system: You are a helpful assistant.
user:
Analyze the provided spectrum to determine if it is a **White Dwarf (WD)**.

A White Dwarf spectrum is defined by its **extreme purity** (due to gravitational settling) and/or **extreme pressure broadening** (due to high surface gravity). You must check for one of the following mutually exclusive signatures:

- **Key Visual Indicators (Check for ONE of these types):**

    - **1. DA-Type Signature (Most Common):**
        - **(Primary Feature):** Extreme pressure broadening (Stark broadening) of the **Hydrogen (H) Balmer lines**.
        - **(Key Lines):** $H\beta$ (approx. $4861$ Å) and $H\gamma$ (approx. $4340$ Å). $H\alpha$ (approx. $6563$ Å) will also be present if the wavelength range covers it.
        - **(Line Profile):** This is the **defining feature**. The lines are **NOT** sharp. They appear as massive, **extremely broad and deep "troughs" or "dips"** in the spectrum, often hundreds of Ångströms wide. The continuum will appear to "scoop" down at these wavelengths.
        - **(Distinction):** Normal A-type or B-type stars have *narrow* and *sharp* Hydrogen lines. A DA White Dwarf's lines are unmistakably "smeared" or "blurry" from pressure.

    - **2. DB-Type Signature:**
        - **(Primary Feature):** Broad absorption lines from **Neutral Helium (He I)**. The spectrum must lack any visible Hydrogen lines.
        - **(Key Lines):** Look for broad absorption near $4471$ Å, $4921$ Å, and $5876$ Å.
        - **(Line Profile):** These lines are also significantly pressure-broadened, appearing much wider than they would in a normal B-type main-sequence star.

    - **3. DC-Type Signature:**
        - **(Primary Feature):** A **featureless continuous spectrum**.
        - **(Line Profile):** The spectrum is a smooth curve with **no significant absorption or emission lines**.
        - **(Key Confirmation):** The continuum is almost always **blue or white**, indicating a hot object. This signature implies the atmosphere is so pure (or so cool) that no spectral lines are visible in the optical range. Its WD identity is confirmed by its extremely low intrinsic brightness (high absolute magnitude).

    - **4. DZ-Type Signature (Metal-Polluted):**
        - **(Primary Feature):** **Isolated, narrow metal absorption lines** on an otherwise featureless (DC-like) continuum.
        - **(Key Lines):** The **Calcium (Ca II) H & K doublet** (approx. **$3934$ Å** and **$3968$ Å**) is the most common and defining feature.
        - **(Line Profile):** These lines are "out of place." They are *not* part of a "forest" of thousands of lines. This signature is evidence of recent *accretion* (pollution) from rocky debris.
        - **(Distinction):** Normal G/K/M stars have a *dense forest* of thousands of metal lines. A DZ has a *clean* continuum with *only a few* strong metal lines.

    - **5. DQ-Type Signature (Carbon-Polluted):**
        - **(Primary Feature):** Absorption bands from **Carbon (C₂ "Swan Bands" or atomic C I)**.
        - **(Key Lines - C₂):** Look for bandheads with a "saw-tooth" shape near $5635$ Å, **$5165$ Å** (strongest), and $4737$ Å.
        - **(Key Confirmation):** The underlying **continuum must be blue or white** (hot).
        - **(Distinction):** This is the critical difference from a **Carbon Star**, which has the *exact same* C₂ bands but on an extremely **red, cool** continuum.

- **(Overall Spectrum):**
    - The continuum (overall shape) is typically **blue-sloping** (brighter in the blue than the red), as most white dwarfs are very hot.
    - The spectrum will look "pure" or "simple," dominated by only *one* of the five signatures listed above.

Think first, call **spectral_visualization_tool** if needed to examine features in detail, then provide your final answer. Your response must adhere to the following strict rules:
1.  **Overall Structure:** Your response must follow the format `<think>...</think> <tool_call>...</tool_call> (if a tool is used) <answer>...</answer>`.
2.  **Tool Usage Constraint:** You may only make **one** tool call per turn.
3.  **Final Answer Format:** In the `<answer>` tag, your conclusion must be inside a `\boxed{}` command (e.g., `\boxed{YES}` or `\boxed{NO}`), followed by your justification.

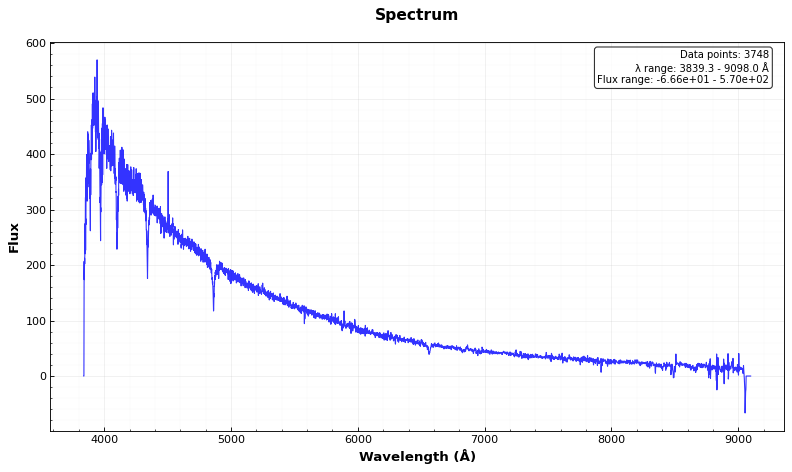
Answer: YES